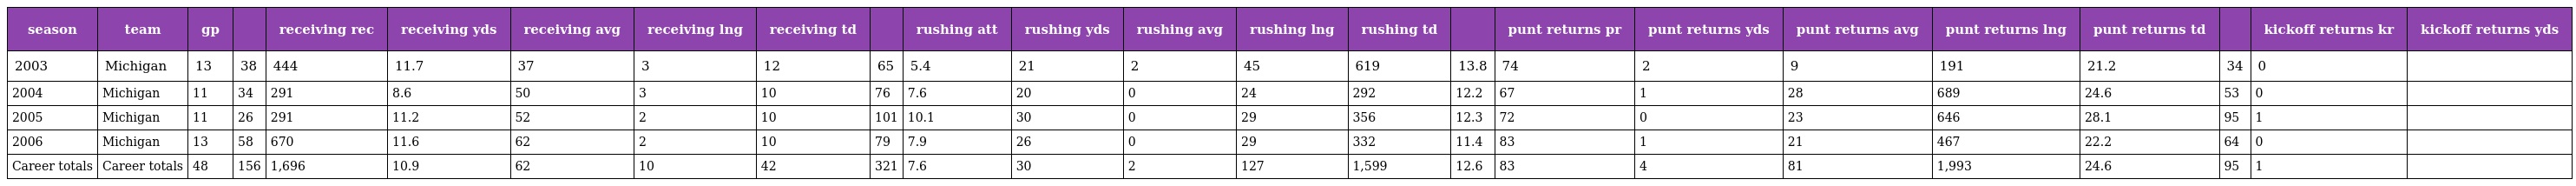
| season | team | gp |  | receiving rec | receiving yds | receiving avg | receiving lng | receiving td |  | rushing att | rushing yds | rushing avg | rushing lng | rushing td |  | punt returns pr | punt returns yds | punt returns avg | punt returns lng | punt returns td |  | kickoff returns kr | kickoff returns yds |
 | --- | --- | --- | --- | --- | --- | --- | --- | --- | --- | --- | --- | --- | --- | --- | --- | --- | --- | --- | --- | --- | --- | --- | --- |
 | 2003 | Michigan | 13 | 38 | 444 | 11.7 | 37 | 3 | 12 | 65 | 5.4 | 21 | 2 | 45 | 619 | 13.8 | 74 | 2 | 9 | 191 | 21.2 | 34 | 0 |  |
 | 2004 | Michigan | 11 | 34 | 291 | 8.6 | 50 | 3 | 10 | 76 | 7.6 | 20 | 0 | 24 | 292 | 12.2 | 67 | 1 | 28 | 689 | 24.6 | 53 | 0 |  |
 | 2005 | Michigan | 11 | 26 | 291 | 11.2 | 52 | 2 | 10 | 101 | 10.1 | 30 | 0 | 29 | 356 | 12.3 | 72 | 0 | 23 | 646 | 28.1 | 95 | 1 |  |
 | 2006 | Michigan | 13 | 58 | 670 | 11.6 | 62 | 2 | 10 | 79 | 7.9 | 26 | 0 | 29 | 332 | 11.4 | 83 | 1 | 21 | 467 | 22.2 | 64 | 0 |  |
 | Career totals | Career totals | 48 | 156 | 1,696 | 10.9 | 62 | 10 | 42 | 321 | 7.6 | 30 | 2 | 127 | 1,599 | 12.6 | 83 | 4 | 81 | 1,993 | 24.6 | 95 | 1 |  |